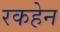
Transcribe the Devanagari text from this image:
रकहेन